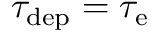
\tau _ { \mathrm { d e p } } = \tau _ { \mathrm { e } }